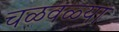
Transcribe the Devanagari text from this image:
चळवळ्या